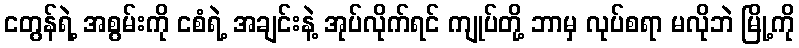
ငတွန်ရဲ့ အစွမ်းကို ငစံရဲ့ အချင်းနဲ့ အုပ်လိုက်ရင် ကျုပ်တို့ ဘာမှ လုပ်စရာ မလိုဘဲ မြို့ကို